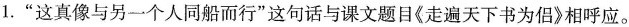
1.”这真像与另一个人同船而行”这句话与课文题目《走遍天下书为侣》相呼应。